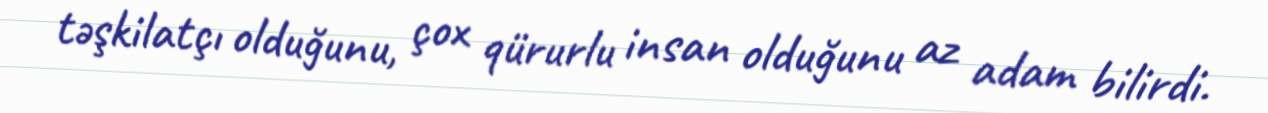
təşkilatçı olduğunu, çox qürurlu insan olduğunu az adam bilirdi.